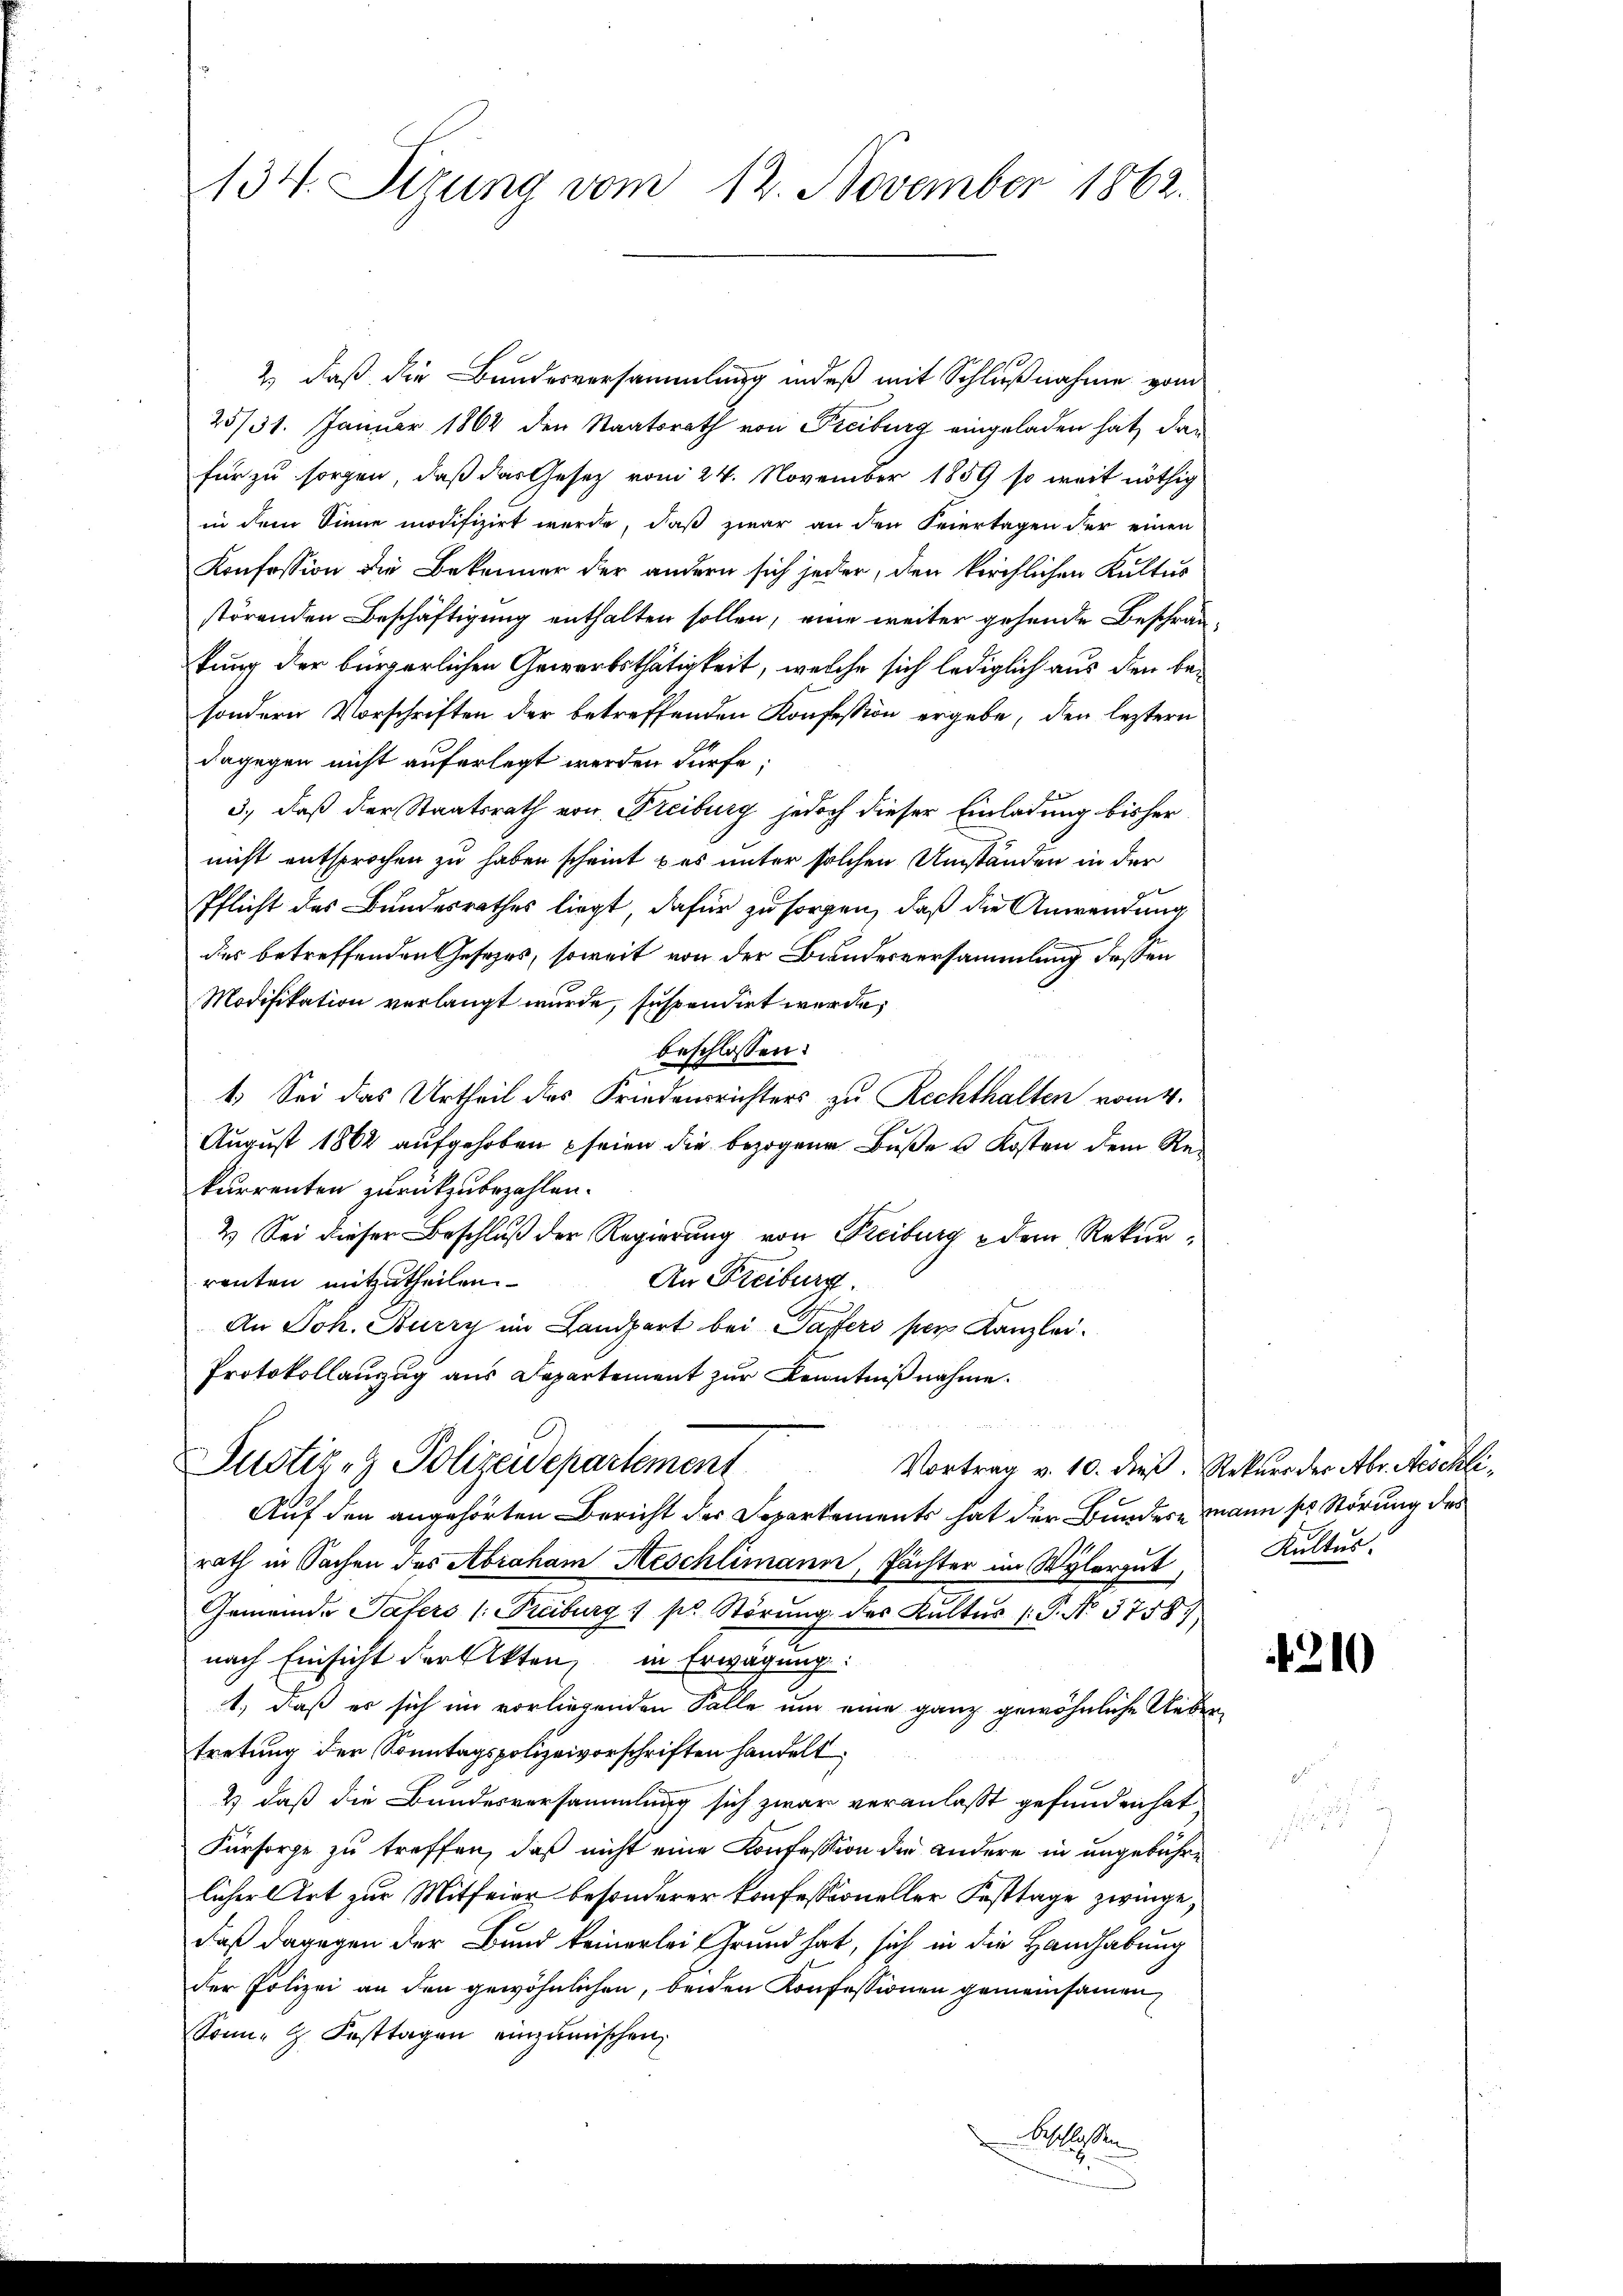
134. Sizung vom 12. November 1862.

2.) daß die Bundesversammlung indeß mit Schlußnahme vom
25/31. Januar 1864 den Staatsrath von Freiburg eingeladen hat, dan
für zu sorgen, daß das Gesetz vom 24. November 1859 so weit nöthig
in dem Sinne modifizirt werde, daß zwar an den Feiertagen der einen
Konfession die Bekenner der andern sich jeder, den kirchlichen Kultus
störenden Beschäftigung enthalten sollen, eine weiter gehende Beschränkung der bürgerlichen Gewerbsthätigkeit, welche sich lediglich aus den besondern Vorschriften der betreffenden Konfession ergebe, den leztern
dagegen nicht auferlegt werden dürfe;
3., daß der Staatsrath von Freiburg jedoch dieser Einladung bisher
nicht entsprochen zu haben scheint & es unter solchen Umständen in der
Pflicht des Bundesrathes liegt, dafür zu sorgen, daß die Anwendung
des betreffenden Gesetzes, soweit von der Bundesversammlung dessen
Modifikation verlangt wurde, suspendirt werde,
beschlossen:
1. Sei das Urtheil des Friedensrichters zu Rechthalten vom 4.
August 1862 aufgehoben seien die bezogene Buße u Kosten dem Rekurrenten zurückzubezahlen.
2.) Sei dieser Beschluß der Regierung von Freiburg & dem Rekurrenten mitzutheilen.
An Freiburg.
An Joh. Burry im Landpart bei Taffers per Kanzlei¬
Protokollanzug aus Departement zur Kenntniß nahme.
Justiz- & Polizeidepartement
Vortrag v. 10. dieß. Rekurs der Abr. Aeschli¬
Auf den angehörten Bericht der Separtements hat der Bundere mann ses Störung des
rath in Sachen des Abraham Aeschlimann, Pächter im Wylergut Kultur.
Gemeinde Tafers (Freiburg 1 pr. Störŭng des Kultur (: P. No. 3758).
nach Einsicht der Akten, in Erwägung:
1., daß er sich im vorliegenden Falle um eine ganz gewöhnliche Uebertretung der Sonntagspolizeivorschriften handelt;
2) daß die Bundesversammlung sich zwar veranlaßt gefunden hat
Fürsorge zu treffen, daß nicht eine Konfession die andere in ungebühre
licher Art zur Mitfeier besonderer Konfessioneller Festtage zwinge,
daß dagegen der Bund keinerlei Grund hat, sich in die Handhabung
der Polizei an den gewöhnlichen, beiden Konfessionen gemeinsamen
Sonn- & Festtagen einzumischen,
Beschlossen

4210